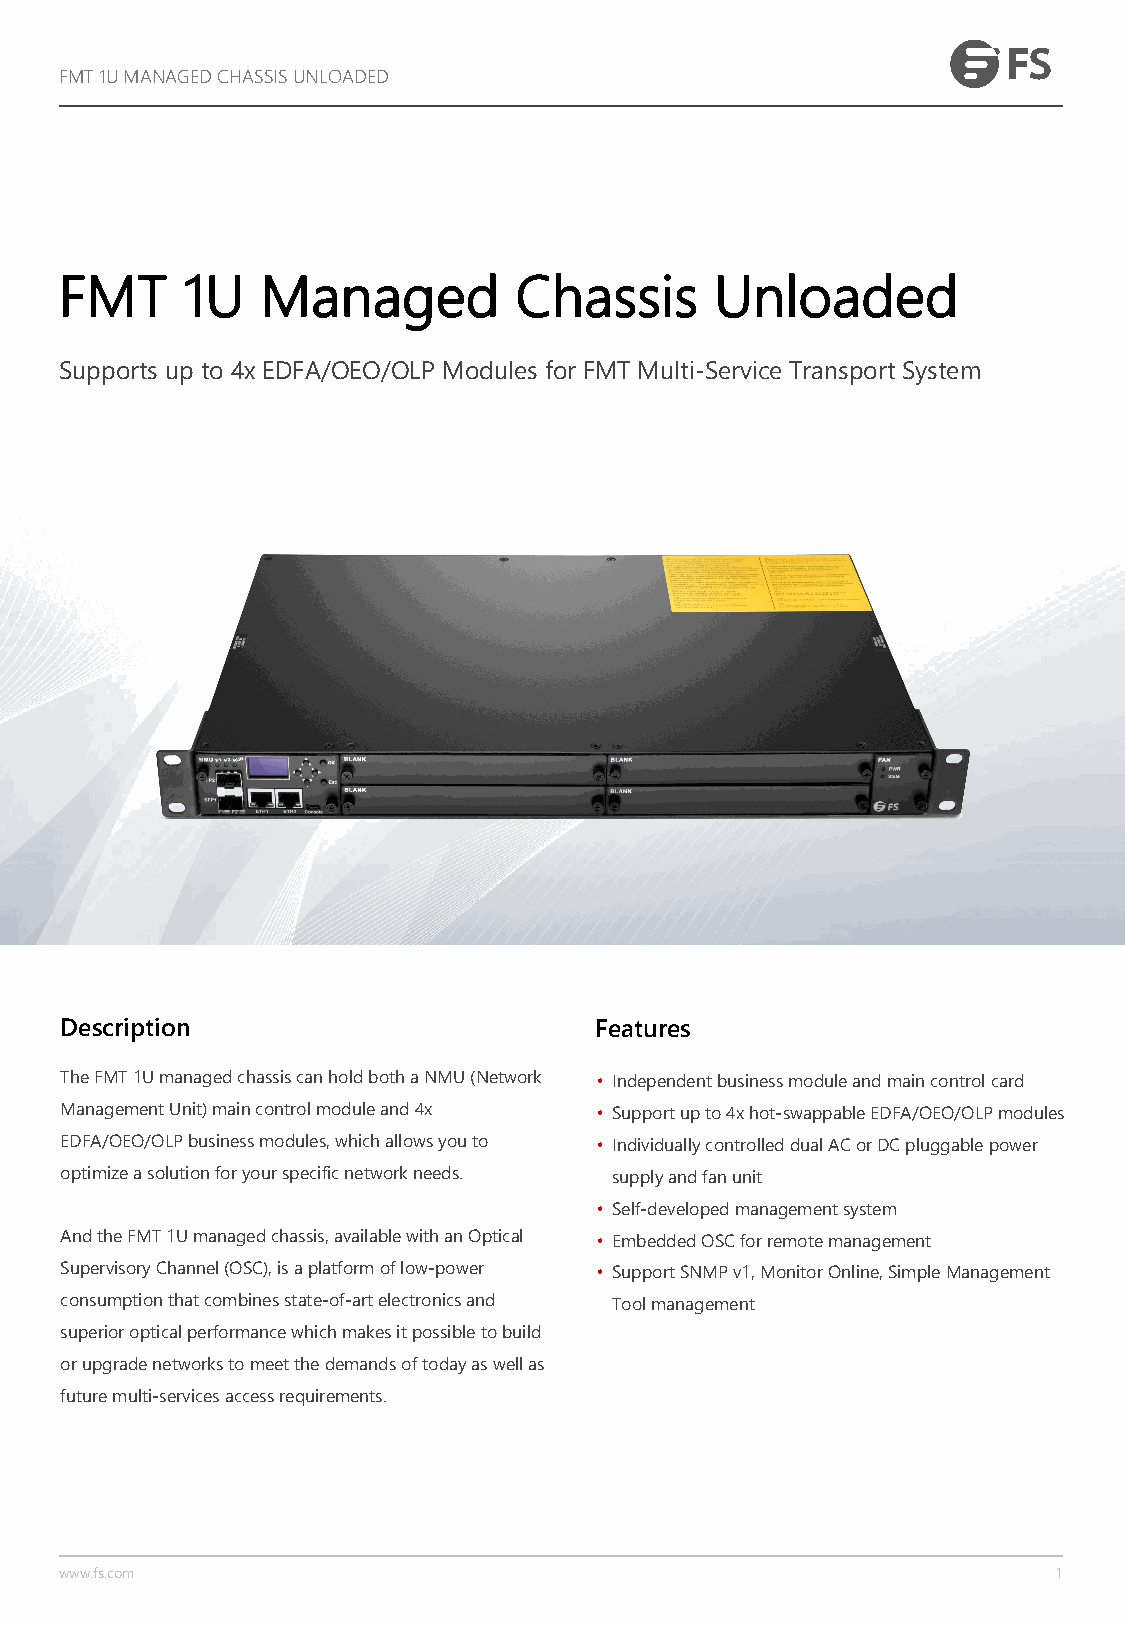
FMT 1U MANAGED CHASSIS UNLOADED
 FMT     1U   Managed          Chassis      Unloaded
 Supports up to 4x EDFA/OEO/OLP Modules for FMT Multi-Service Transport System
 Description                        Features
 The FMT 1U managed chassis can hold both a NMU (Network • Independent business module and main control card
 Management Unit) main control module and 4x • Support up to 4x hot-swappable EDFA/OEO/OLP modules
 EDFA/OEO/OLP business modules, which allows you to • Individually controlled dual AC or DC pluggable power
 optimize a solution for your specific network needs. supply and fan unit
 • Self-developed management system
 And the FMT 1U managed chassis, available with an Optical • Embedded OSC for remote management
 Supervisory Channel (OSC), is a platform of low-power • Support SNMP v1, Monitor Online, Simple Management
 consumption that combines state-of-art electronics and Tool management
 superior optical performance which makes it possible to build
 or upgrade networks to meet the demands of today as well as
 future multi-services access requirements.
 www.fs.com                                                        1